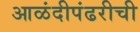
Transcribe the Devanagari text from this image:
आळंदीपंढरीची